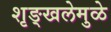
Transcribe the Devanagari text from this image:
शृङ्खलेमुळे